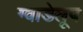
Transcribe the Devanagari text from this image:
ग्वाडेलूप